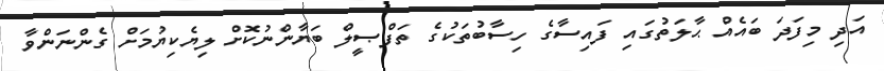
އަދި މިފަދަ ބައެއް ޙާލަތުގައި ފައިސާގެ ހިސާބުތަކުގެ ތަފްޞީލް ބަޔާންނުކޮށް ލިޔެކިޔުމަށް ގެންނަންވާ